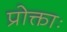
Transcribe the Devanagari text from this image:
प्रोक्ताः